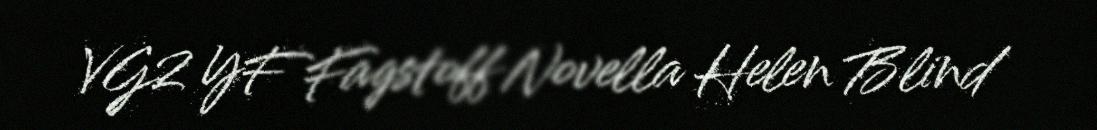
VG2 YF Fagstoff Novella Helen Blind